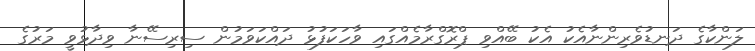
ލަންކާގެ ދަނޑުވެރިންނާއެކު އެކު ބޭއްވި ޕްރޮގްރާމެއްގައި ވާހަކަފުޅު ދައްކަވަމުން ސިރިސޭނާ ވިދާޅުވީ މަރުގެ